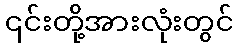
၎င်းတို့အားလုံးတွင်